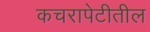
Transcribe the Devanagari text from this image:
कचरापेटीतील